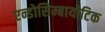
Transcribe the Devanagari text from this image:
एन्डोसिम्बायोटिक